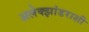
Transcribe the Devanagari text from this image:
अलेक्झांडराशी